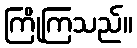
ကြိုကြသည်။